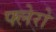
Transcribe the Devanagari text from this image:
फ्लेरो